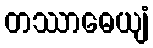
တဿာဓေယျံ